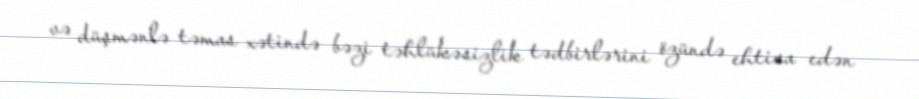
və düşmənlə təmas xətində bəzi təhlükəsizlik tədbirlərini özündə ehtiva edən